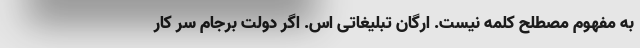
به مفهوم مصطلح کلمه نیست. ارگان تبلیغاتی اس. اگر دولت برجام سر کار